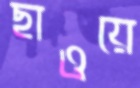
ছাওয়ে